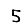
Digit: 5